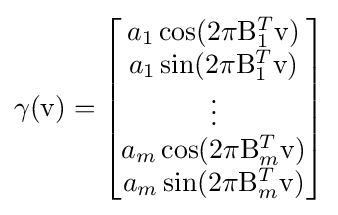
\gamma (\mathrm {v} )={\begin{bmatrix}a_{1}\cos(2{\pi }{\mathrm {B} }_{1}^{T}\mathrm {v} )\\a_{1}\sin(2\pi {\mathrm {B} }_{1}^{T}\mathrm {v} )\\\vdots \\a_{m}\cos(2{\pi }{\mathrm {B} }_{m}^{T}\mathrm {v} )\\a_{m}\sin(2{\pi }{\mathrm {B} }_{m}^{T}\mathrm {v} )\end{bmatrix}}